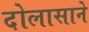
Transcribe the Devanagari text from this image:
दोलासाने